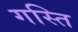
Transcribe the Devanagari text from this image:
गस्ति